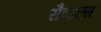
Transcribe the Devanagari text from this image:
सैण्डल्स